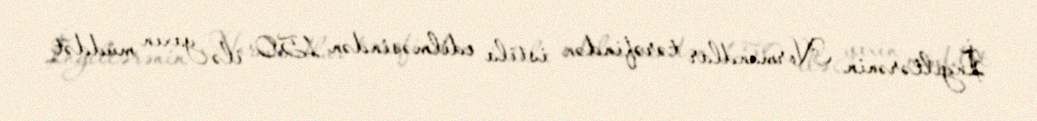
İngiltərənin Normandlar tərəfindən istila edilməsindən 150 ilə yaxın müddət